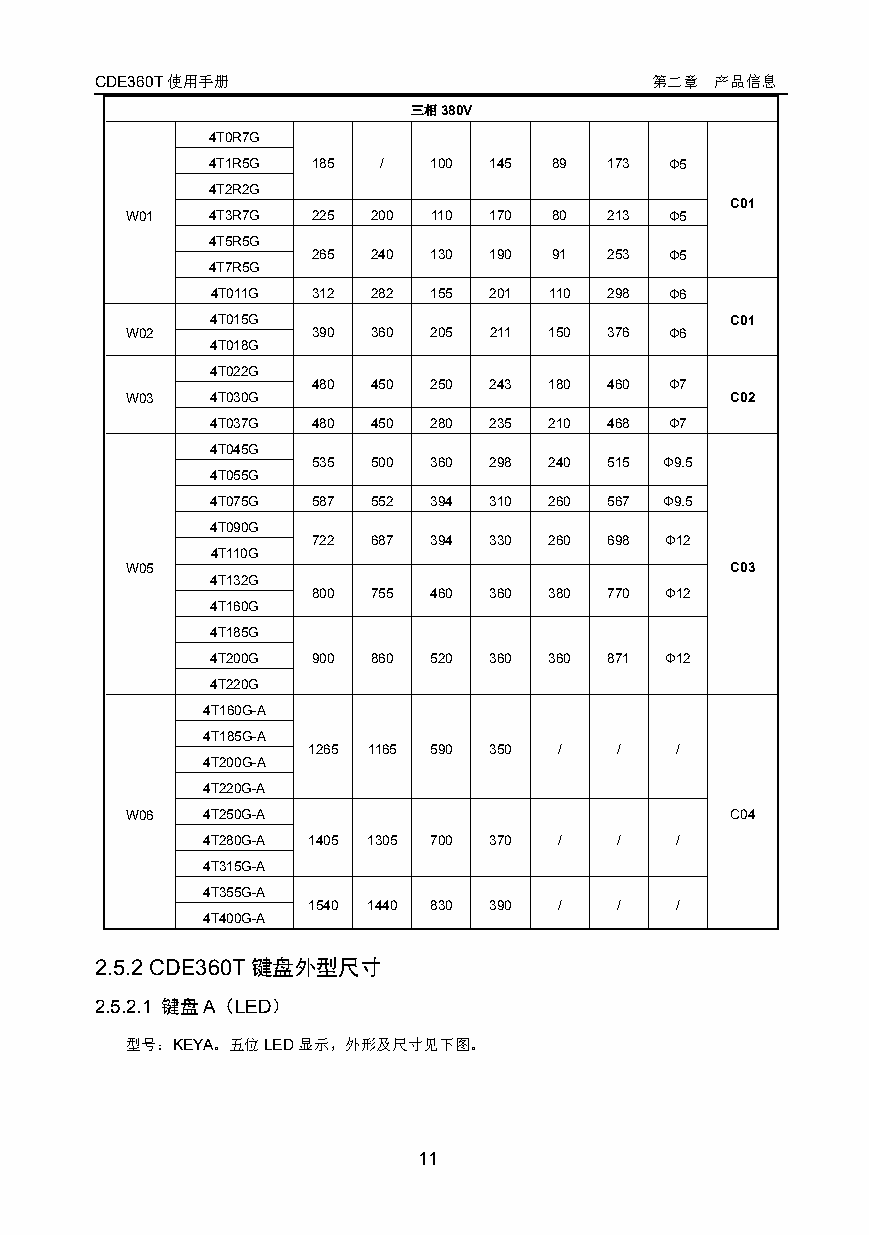
CDE360T使用手册                          第二章 产品信息
 三相380V
 4T0R7G
 4T1R5G 185 /  100 145  89 173 Φ5
 4T2R2G
 C01
 W01   4T3R7G 225 200 110 170 80 213 Φ5
 4T5R5G
 265 240 130 190 91 253 Φ5
 4T7R5G
 4T011G 312 282 155 201 110 298 Φ6
 4T015G                            C01
 W02          390 360 205 211 150 376 Φ6
 4T018G
 4T022G
 480 450 250 243 180 460 Φ7
 W03   4T030G                            C02
 4T037G 480 450 280 235 210 468 Φ7
 4T045G
 535 500 360 298 240 515 Φ9.5
 4T055G
 4T075G 587 552 394 310 260 567 Φ9.5
 4T090G
 722 687 394 330 260 698 Φ12
 4T110G
 W05                                     C03
 4T132G
 800 755 460 360 380 770 Φ12
 4T160G
 4T185G
 4T200G 900 860 520 360 360 871 Φ12
 4T220G
 4T160G-A
 4T185G-A
 1265 1165 590 350 /  /   /
 4T200G-A
 4T220G-A
 W06  4T250G-A                           C04
 4T280G-A 1405 1305 700 370 / /  /
 4T315G-A
 4T355G-A
 1540 1440 830 390 /  /   /
 4T400G-A
 2.5.2 CDE360T键盘外型尺寸
 2.5.2.1 键盘A（LED）
 型号：KEYA。五位LED显示，外形及尺寸见下图。
 11